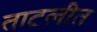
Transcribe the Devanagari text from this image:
ताटलीत